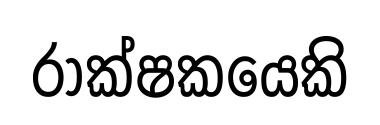
රාක්ෂකයෙකි